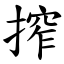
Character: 搾